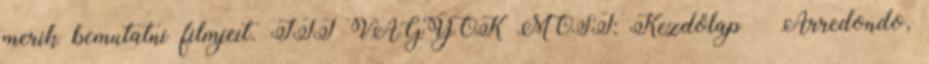
merik bemutatni filmjeit. ITT VAGYOK MOST: Kezdőlap » Arredondo,